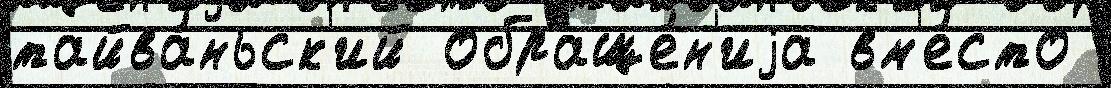
тайва́ньск'ий обраще́н'иjа вм'е́сто